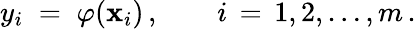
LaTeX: y_{i}\; =\; \varphi(\mathbf{x}_{i})\, ,\qquad i\, =\, 1,2,\ldots,m\, .